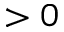
> 0